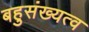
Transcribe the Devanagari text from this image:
बहुसंख्यत्व